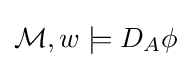
{\mathcal {M}},w\models D_{A}\phi